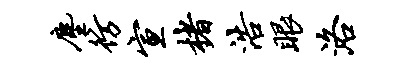
尘彷宣楮浩眼洛